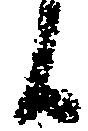
候